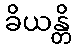
ခိယန္တိ